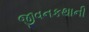
જીવનકથાની